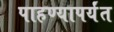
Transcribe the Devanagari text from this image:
पाहण्यापर्यंत